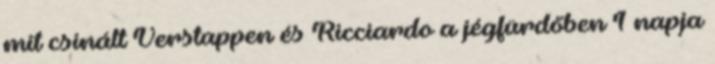
mit csinált Verstappen és Ricciardo a jégfürdőben 1 napja